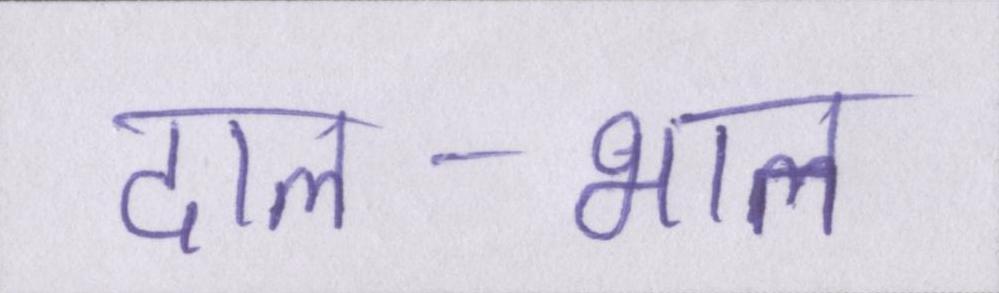
दाल-भात